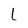
Character: L